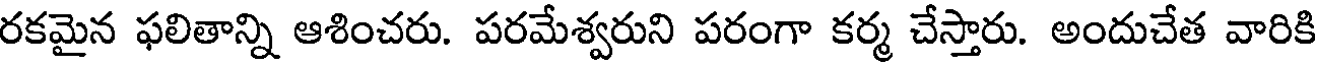
రకమైన ఫలితాన్ని ఆశించరు. పరమేశ్వరుని పరంగా కర్మ చేస్తారు. అందుచేత వారికి